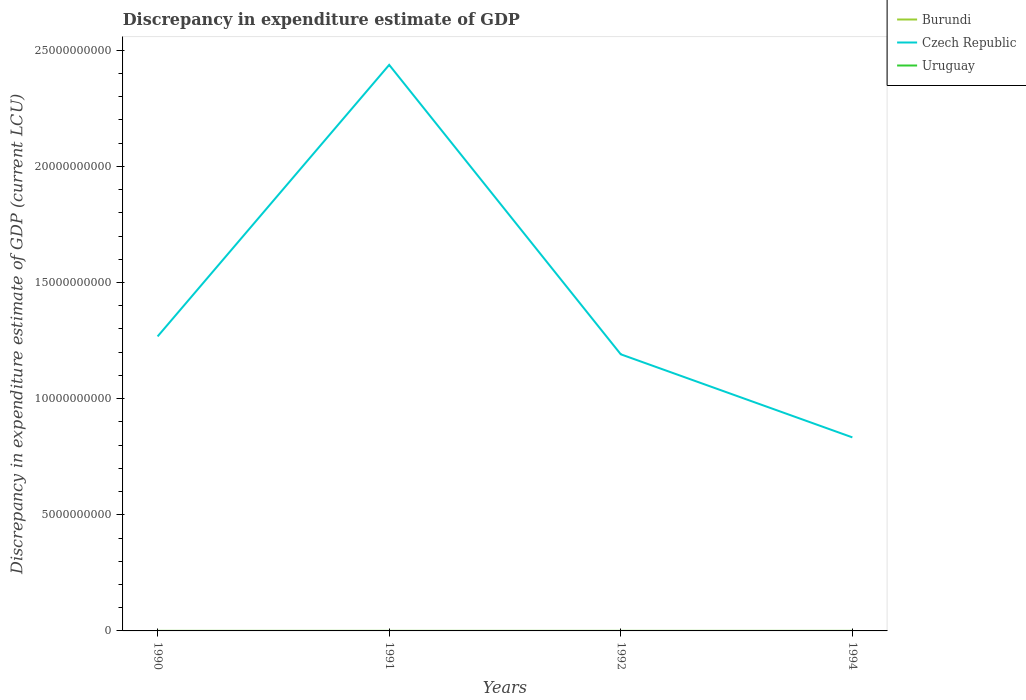
| Years | Burundi | Czech Republic | Uruguay |
 | --- | --- | --- | --- |
 | 1990 | -1e+05 | 1.27e+10 | 2.7e-06 |
 | 1991 | 1e+05 | 2.44e+10 | 4e-06 |
 | 1992 | 6e-05 | 1.19e+10 | -1e+03 |
 | 1994 | -3e-05 | 8.33e+09 | -6e-06 |